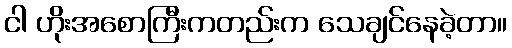
ငါ ဟိုးအစောကြီးကတည်းက သေချင်နေခဲ့တာ။